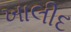
ખાલીદ